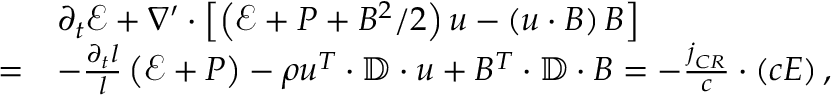
\begin{array} { r l } & { \partial _ { t } \mathcal { E } + \nabla ^ { \prime } \cdot \left[ \left( \mathcal { E } + P + B ^ { 2 } / 2 \right) \boldsymbol { u } - \left( \boldsymbol { u } \cdot \boldsymbol { B } \right) \boldsymbol { B } \right] } \\ { = } & { - \frac { \partial _ { t } l } { l } \left( \mathcal { E } + P \right) - \rho \boldsymbol { u ^ { T } } \cdot \mathbb { D } \cdot \boldsymbol { u } + \boldsymbol { B ^ { T } } \cdot \mathbb { D } \cdot \boldsymbol { B } = - \frac { \boldsymbol { j } _ { C R } } { c } \cdot \left( c \boldsymbol { E } \right) , } \end{array}